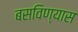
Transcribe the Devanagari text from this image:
बसविण्यास